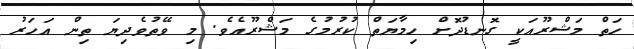
ހަތް މަޝްރޫއަކީ ގޮނޑުދޮށް ހިމާޔަތް ކުރުމުގެ މަޝްރޫއެވެ. މި ވޭތުވެދިޔަ ތިން އަހަރު